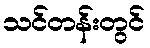
သင်တန်းတွင်